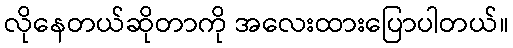
လိုနေတယ်ဆိုတာကို အလေးထားပြောပါတယ်။